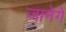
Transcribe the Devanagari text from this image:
जानेगें